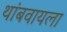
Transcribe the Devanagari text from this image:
थांबवायला